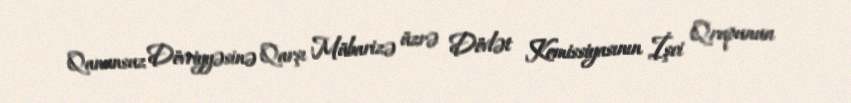
Qanunsuz Dövriyyəsinə Qarşı Mübarizə üzrə Dövlət Komissiyasının İşci Qrupunun